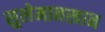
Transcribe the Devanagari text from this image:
सुलेमानखान